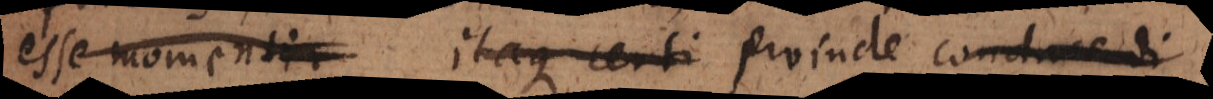
esse momenti. Itaque certi Proinde conducendi